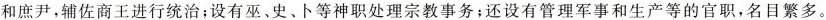
和庶尹，辅佐商王进行统治；设有巫，史、卜等神职处理宗教事务；还设有管理军事和生产等的官职，名目繁多。